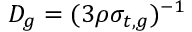
D _ { g } = ( 3 \rho \sigma _ { t , g } ) ^ { - 1 }